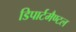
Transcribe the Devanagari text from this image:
डिपार्टमैण्टल